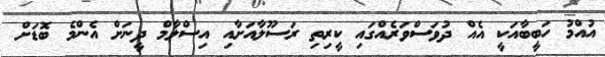
އުއްމު ހަބީބާއަކީ އެއް ދުވަސްވަރެއްގައި ކީރިތި ރަސޫލާއަށާއި އިސްލާމް ދީނަށް އެންމެ ބޮޑަށް